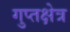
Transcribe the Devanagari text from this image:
गुप्तक्षेत्र